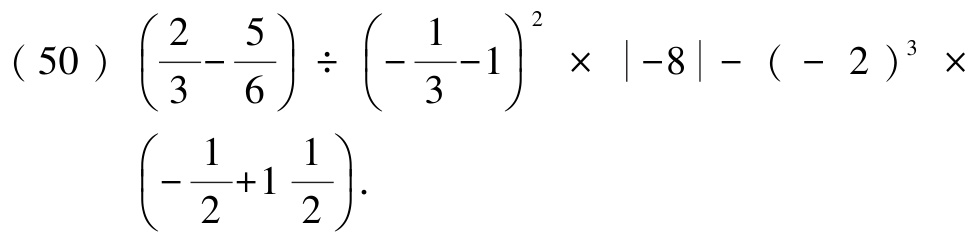
\((50)\left(\dfrac{2}{3}-\dfrac{5}{6}\right)\div\left(-\dfrac{1}{3}-1\right)^{2}\times\left|-8\right|-\left(-2\right)^{3}\times\left(-\dfrac{1}{2}+1\dfrac{1}{2}\right)\)